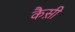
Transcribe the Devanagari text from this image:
कैस़ी